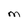
Character: M